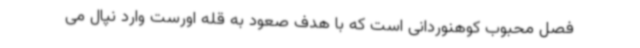
فصل محبوب کوهنوردانی است که با هدف صعود به قله اورست وارد نپال می